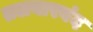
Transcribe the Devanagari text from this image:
तलवारबंद